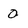
Character: 0